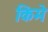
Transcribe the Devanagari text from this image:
किमे